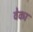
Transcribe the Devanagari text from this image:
वेका